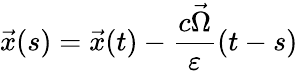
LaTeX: \vec{x}(s)=\vec{x}(t)-\frac{c\vec{\Omega}}{\varepsilon}(t-s)